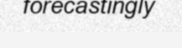
forecastingly